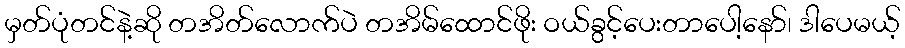
မှတ်ပုံတင်နဲ့ဆို တအိတ်လောက်ပဲ တအိမ်ထောင်ဖိုး ဝယ်ခွင့်ပေးတာပေါ့နော်၊ ဒါပေမယ့်